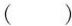
( )